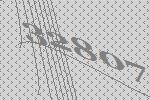
32807